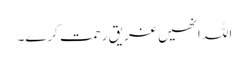
اللہ انھیں غریق رحمت کرے۔